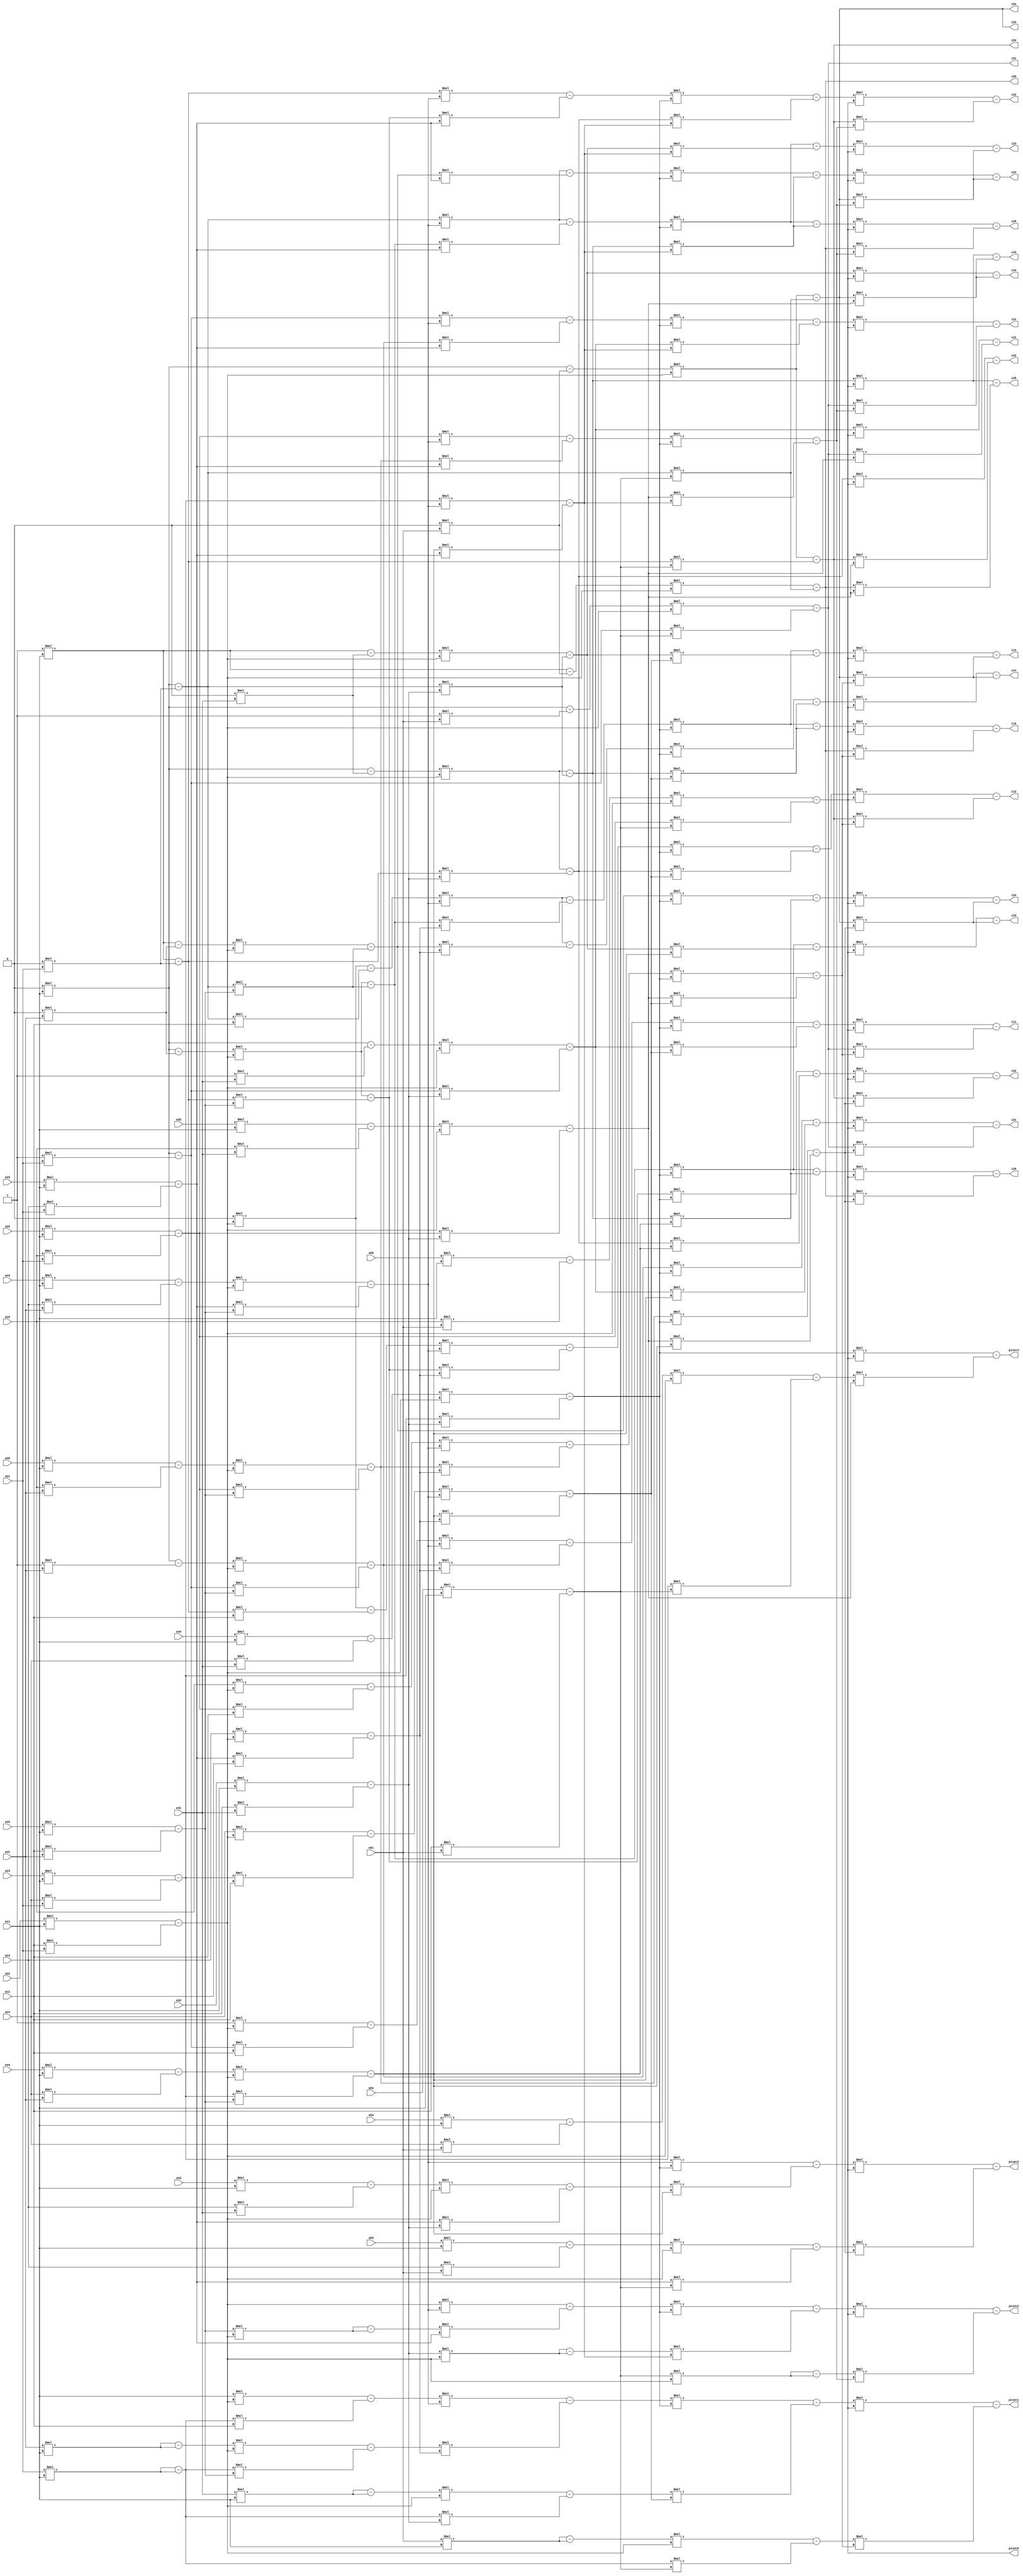
`timescale 1ns / 1ps
//////////////////////////////////////////////////////////////////////////////////
// Company: Copyright 2016
// 
// Design Name: 
// Module Name:    Matrix_Inverse 
// Project Name: 
// Target Devices: 
// Tool versions: 
// Description: 
//
// Dependencies: 
//
// Revision: 
// Revision 0.01 - File Created
// Additional Comments: 
//
//////////////////////////////////////////////////////////////////////////////////


module Matrix_Inverse(a11, a12, a13, a14, a15, a21, a22, a23, a24,a25, a31, a32, a33, a34, a35, 
a41, a42, a43, a44, a45, a51, a52, a53, a54, a55, i11, i12, i13, i14, i15, i21, i22,i23, i24,i25, i31, i32, i33, i34, i35, 
i41, i42, i43, i44, i45, i51, i52, i53, i54, i55, pivot1, pivot2, pivot3, pivot4, pivot5 );

input [31:0] a11, a12, a13, a14, a15, a21, a22, a23, a24,a25, a31, a32, a33, a34, a35, 
a41, a42, a43, a44, a45, a51, a52, a53, a54, a55;

output [31:0]i11, i12, i13, i14, i15, i21, i22,i23, i24,i25, i31, i32, i33, i34, i35, 
i41, i42, i43, i44, i45, i51, i52, i53, i54, i55,pivot1, pivot2, pivot3, pivot4, pivot5;


wire [31:0]it21,it22,it23,it24,it25,
it11,it12,it13,it14,it15,
it31,it32,it33,it34,it35,
it41,it42,it43,it44,it45,
it51,it52,it53,it54,it55,
it131,it132,it133,it134,it135,
it141,it142,it143,it144,it145,
it111,it112,it113,it114,it115,
it151,it152,it153,it154,it155,    
it211,it212,it213,it214,it215,    
it221,it222,it223,it224,it225,
it321,it322,it323,it324,it325,
it311,it312,it313,it314,it315,
it331,it332,it333,it334,it335,
it411,it412,it413,it414,it415,
it421,it422,it423,it424,it425,
it431,it432,it433,it434,it435,
it441,it442,it443,it444,it445,
itout21,itout22,itout23,itout24,itout25,
itout11,itout12,itout13,itout14,itout15,
itout31,itout32,itout33,itout34,itout35,
itout41,itout42,itout43,itout44,itout45,
itout51,itout52,itout53,itout54,itout55,
itout131,itout132,itout133,itout134,itout135,
itout141,itout142,itout143,itout144,itout145,
itout111,itout112,itout113,itout114,itout115,
itout151,itout152,itout153,itout154,itout155,    
itout211,itout212,itout213,itout214,itout215,    
itout221,itout222,itout223,itout224,itout225,
itout321,itout322,itout323,itout324,itout325,
itout311,itout312,itout313,itout314,itout315,
itout331,itout332,itout333,itout334,itout335,
itout411,itout412,itout413,itout414,itout415,
itout421,itout422,itout423,itout424,itout425,
itout431,itout432,itout433,itout434,itout435,
itout441,itout442,itout443,itout444,itout445,
aout11,aout12,aout13,aout14,aout15,
aout21,aout22,aout23,aout24,aout25,
aout31,aout32,aout33,aout34,aout35,
aout41,aout42,aout43,aout44,aout45,
aout51,aout52,aout53,aout54,aout55;

assign aout11= 32'b00000000000000000000000000000001;
assign aout12= 32'b00000000000000000000000000000000;
assign aout13= 32'b00000000000000000000000000000000;
assign aout14= 32'b00000000000000000000000000000000;
assign aout15= 32'b00000000000000000000000000000000;
assign aout21= 32'b00000000000000000000000000000000;
assign aout22= 32'b00000000000000000000000000000001;
assign aout23= 32'b00000000000000000000000000000000;
assign aout24= 32'b00000000000000000000000000000000;
assign aout25= 32'b00000000000000000000000000000000;
assign aout31= 32'b00000000000000000000000000000000;
assign aout32= 32'b00000000000000000000000000000000;
assign aout33= 32'b00000000000000000000000000000001;
assign aout34= 32'b00000000000000000000000000000000;
assign aout35= 32'b00000000000000000000000000000000;
assign aout41= 32'b00000000000000000000000000000000;
assign aout42= 32'b00000000000000000000000000000000;
assign aout43= 32'b00000000000000000000000000000000;
assign aout44= 32'b00000000000000000000000000000001;
assign aout45= 32'b00000000000000000000000000000000;
assign aout51= 32'b00000000000000000000000000000000;
assign aout52= 32'b00000000000000000000000000000000;
assign aout53= 32'b00000000000000000000000000000000;
assign aout54= 32'b00000000000000000000000000000000;
assign aout55= 32'b00000000000000000000000000000001;

//	ROW TRANSFORMS A-I
/*jeet*/
//first pivot
assign it21 = (a21 * a11) - (a11 * a21);
assign it22 = (a22 * a11) - (a12 * a21);
assign it23 = (a23 * a11) - (a13 * a21);
assign it24 = (a24 * a11) - (a14 * a21);
assign it25 = (a25 * a11) - (a15 * a21);

assign it31 = (a31 * a11) - (a11 * a31);
assign it32 = (a32 * a11) - (a12 * a31);
assign it33 = (a33 * a11) - (a13 * a31);
assign it34 = (a34 * a11) - (a14 * a31);
assign it35 = (a35 * a11) - (a15 * a31);

assign it41 = (a41 * a11) - (a11 * a41);
assign it42 = (a42 * a11) - (a12 * a41);
assign it43 = (a43 * a11) - (a13 * a41);
assign it44 = (a44 * a11) - (a14 * a41);
assign it45 = (a45 * a11) - (a15 * a41);

assign it51 = (a51 * a11) - (a11 * a51);
assign it52 = (a52 * a11) - (a12 * a51);
assign it53 = (a53 * a11) - (a13 * a51);
assign it54 = (a54 * a11) - (a14 * a51);
assign it55 = (a55 * a11) - (a15 * a51);

//For identity  I-A'
assign itout21 = (aout21 * a11) - (aout11 * a21);
assign itout22 = (aout22 * a11) - (aout12 * a21);
assign itout23 = (aout23 * a11) - (aout13 * a21);
assign itout24 = (aout24 * a11) - (aout14 * a21);
assign itout25 = (aout25 * a11) - (aout15 * a21);

assign itout31 = (aout31 * a11) - (aout11 * a31);
assign itout32 = (aout32 * a11) - (aout12 * a31);
assign itout33 = (aout33 * a11) - (aout13 * a31);
assign itout34 = (aout34 * a11) - (aout14 * a31);
assign itout35 = (aout35 * a11) - (aout15 * a31);

assign itout41 = (aout41 * a11) - (aout11 * a41);
assign itout42 = (aout42 * a11) - (aout12 * a41);
assign itout43 = (aout43 * a11) - (aout13 * a41);
assign itout44 = (aout44 * a11) - (aout14 * a41);
assign itout45 = (aout45 * a11) - (aout15 * a41);

assign itout51 = (aout51 * a11) - (aout11 * a51);
assign itout52 = (aout52 * a11) - (aout12 * a51);
assign itout53 = (aout53 * a11) - (aout13 * a51);
assign itout54 = (aout54 * a11) - (aout14 * a51);
assign itout55 = (aout55 * a11) - (aout15 * a51);


///now second pivot
assign it111 = (a11 * it22) - (it21 *a12);
assign it112 = (a12 * it22) - (it22 * a12);
assign it113 = (a13 * it22) - (it23 * a12);
assign it114 = (a14 * it22) - (it24 * a12);
assign it115 = (a15 * it22) - (it25 * a12);


assign it131 = (it31 * it22) - (it21 *it32);
assign it132 = (it32 * it22) - (it22 * it32);
assign it133 = (it33 * it22) - (it23 * it32);
assign it134 = (it34 * it22) - (it24 * it32);
assign it135 = (it35 * it22) - (it25 * it32);

assign it141 = (it41 * it22) - (it21 *it42);
assign it142 = (it42 * it22) - (it22 * it42);
assign it143 = (it43 * it22) - (it23 * it42);
assign it144 = (it44 * it22) - (it24 * it42);
assign it145 = (it45 * it22) - (it25 * it42);

assign it151 = (it51 * it22) - (it21 *it52);
assign it152 = (it52 * it22) - (it22 * it52);
assign it153 = (it53 * it22) - (it23 * it52);
assign it154 = (it54 * it22) - (it24 * it52);
assign it155 = (it55 * it22) - (it25 * it52);


//for identity
assign itout111 = (aout11 * it22) -  (itout21 *a12);
assign itout112 = (aout12 * it22) - (itout22 * a12);
assign itout113 = (aout13 * it22) - (itout23 * a12);
assign itout114 = (aout14 * it22) - (itout24 * a12);
assign itout115 = (aout15 * it22) - (itout25 * a12);


assign itout131 = (itout31 * it22) - (itout21 *it32);
assign itout132 = (itout32 * it22) - (itout22 * it32);
assign itout133 = (itout33 * it22) - (itout23 * it32);
assign itout134 = (itout34 * it22) - (itout24 * it32);
assign itout135 = (itout35 * it22) - (itout25 * it32);

assign itout141 = (itout41 * it22) - (itout21 *it42);
assign itout142 = (itout42 * it22) - (itout22 * it42);
assign itout143 = (itout43 * it22) - (itout23 * it42);
assign itout144 = (itout44 * it22) - (itout24 * it42);
assign itout145 = (itout45 * it22) - (itout25 * it42);

assign itout151 = (itout51 * it22) - (itout21 *it52);
assign itout152 = (itout52 * it22) - (itout22 * it52);
assign itout153 = (itout53 * it22) - (itout23 * it52);
assign itout154 = (itout54 * it22) - (itout24 * it52);
assign itout155 = (itout55 * it22) - (itout25 * it52);


/*105520*/
//now third pivot
assign it211 = (it111 * it143) - (it141 *it113);
assign it212 = (it112 * it143) - (it142 * it113);
assign it213 = (it113 * it143) - (it143 * it113);
assign it214 = (it114 * it143) - (it144 * it113);
assign it215 = (it115 * it143) - (it145 * it113);


assign it221 = (it21 * it143) - (it141 *it23);
assign it222 = (it22 * it143) - (it142 * it23);
assign it223 = (it23 * it143) - (it143 * it23);
assign it224 = (it24 * it143) - (it144 * it23);
assign it225 = (it25 * it143) - (it145 * it23);


//for identity matrix
assign itout211 = (itout111 * it143) - (itout141 *it113);
assign itout212 = (itout112 * it143) - (itout142 * it113);
assign itout213 = (itout113 * it143) - (itout143 * it113);
assign itout214 = (itout114 * it143) - (itout144 * it113);
assign itout215 = (itout115 * it143) - (itout145 * it113);


assign itout221 = (itout21 * it143) - (itout141 *it23);
assign itout222 = (itout22 * it143) - (itout142 * it23);
assign itout223 = (itout23 * it143) - (itout143 * it23);
assign itout224 = (itout24 * it143) - (itout144 * it23);
assign itout225 = (itout25 * it143) - (itout145 * it23);



//fourth pivot
assign it311 = (it211 * it134) - (it131 *it214);
assign it312 = (it212 * it134) - (it132 * it214);
assign it313 = (it213 * it134) - (it133 * it214);
assign it314 = (it214 * it134) - (it134 * it214);
assign it315 = (it215 * it134) - (it135 * it214);

assign it321 = (it221 * it134) - (it131 *it224);
assign it322 = (it222 * it134) - (it132 * it224);
assign it323 = (it223 * it134) - (it133 * it224);
assign it324 = (it224 * it134) - (it134 * it224);
assign it325 = (it225 * it134) - (it135 * it224);

assign it331 = (it141 * it134) - (it131 *it144);
assign it332 = (it142 * it134) - (it132 * it144);
assign it333 = (it143 * it134) - (it133 * it144);
assign it334 = (it144 * it134) - (it134 * it144);
assign it335 = (it145 * it134) - (it135 * it144);

//for identity matrix
assign itout311 = (itout211 * it134) - (itout131 *it214);
assign itout312 = (itout212 * it134) - (itout132 * it214);
assign itout313 = (itout213 * it134) - (itout133 * it214);
assign itout314 = (itout214 * it134) - (itout134 * it214);
assign itout315 = (itout215 * it134) - (itout135 * it214);

assign itout321 = (itout221 * it134) - (itout131 *it224);
assign itout322 = (itout222 * it134) - (itout132 * it224);
assign itout323 = (itout223 * it134) - (itout133 * it224);
assign itout324 = (itout224 * it134) - (itout134 * it224);
assign itout325 = (itout225 * it134) - (itout135 * it224);

assign itout331 = (itout141 * it134) - (itout131 *it144);
assign itout332 = (itout142 * it134) - (itout132 * it144);
assign itout333 = (itout143 * it134) - (itout133 * it144);
assign itout334 = (itout144 * it134) - (itout134 * it144);
assign itout335 = (itout145 * it134) - (itout135 * it144);





//fifth pivot
assign it411 = (it311 * it155) - (it151 * it315);
assign it412 = (it312 * it155) - (it152 * it315);
assign it413 = (it313 * it155) - (it153 * it315);
assign it414 = (it314 * it155) - (it154 * it315);
assign it415 = (it315 * it155) - (it155 * it315);

assign it421 = (it321 * it155) - (it151 * it325);
assign it422 = (it322 * it155) - (it152 * it325);
assign it423 = (it323 * it155) - (it153 * it325);
assign it424 = (it324 * it155) - (it154 * it325);
assign it425 = (it325 * it155) - (it155 * it325);

assign it431 = (it331 * it155) - (it151 * it335);
assign it432 = (it332 * it155) - (it152 * it335);
assign it433 = (it333 * it155) - (it153 * it335);
assign it434 = (it334 * it155) - (it154 * it335);
assign it435 = (it335 * it155) - (it155 * it335);

assign it441 = (it131 * it155) - (it151 * it135);
assign it442 = (it132 * it155) - (it152 * it135);
assign it443 = (it133 * it155) - (it153 * it135);
assign it444 = (it134 * it155) - (it154 * it135);
assign it445 = (it135 * it155) - (it155 * it135);


//for id
assign itout411 = (itout311 * it155) - (itout151 * it315);
assign itout412 = (itout312 * it155) - (itout152 * it315);
assign itout413 = (itout313 * it155) - (itout153 * it315);
assign itout414 = (itout314 * it155) - (itout154 * it315);
assign itout415 = (itout315 * it155) - (itout155 * it315);

assign itout421 = (itout321 * it155) - (itout151 * it325);
assign itout422 = (itout322 * it155) - (itout152 * it325);
assign itout423 = (itout323 * it155) - (itout153 * it325);
assign itout424 = (itout324 * it155) - (itout154 * it325);
assign itout425 = (itout325 * it155) - (itout155 * it325);

assign itout431 = (itout331 * it155) - (itout151 * it335);
assign itout432 = (itout332 * it155) - (itout152 * it335);
assign itout433 = (itout333 * it155) - (itout153 * it335);
assign itout434 = (itout334 * it155) - (itout154 * it335);
assign itout435 = (itout335 * it155) - (itout155 * it335);

assign itout441 = (itout131 * it155) - (itout151 * it135);
assign itout442 = (itout132 * it155) - (itout152 * it135);
assign itout443 = (itout133 * it155) - (itout153 * it135);
assign itout444 = (itout134 * it155) - (itout154 * it135);
assign itout445 = (itout135 * it155) - (itout155 * it135);

assign i11 = itout411 ;
assign i12 = itout412 ;
assign i13 = itout413 ;
assign i14 = itout414 ;
assign i15 = itout415 ;

assign i21 = itout421 ;
assign i22 = itout422;
assign i23 = itout423 ;
assign i24 = itout424 ;
assign i25 = itout425 ;


assign i31 = itout431 ;
assign i32 = itout432 ;
assign i33 = itout433 ;
assign i34 = itout434 ;
assign i35 = itout435 ;

assign i41 = itout441 ;
assign i42 = itout442 ;
assign i43 = itout443 ;
assign i44 = itout444 ;
assign i45 = itout445 ;


assign i51 = itout151 ;
assign i52 = itout152 ;
assign i53 = itout153 ;
assign i54 = itout154 ;
assign i55 = itout155 ;

assign pivot1 = it411;
assign pivot2 = it422;
assign pivot3 = it433;
assign pivot4 = it444;
assign pivot5 = it155;

endmodule